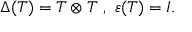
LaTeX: \Delta ( T ) = T \otimes T ~ , ~ \varepsilon ( T ) = I .